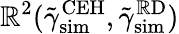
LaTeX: \mathbb{R}^{2}(\tilde{{\gamma}}_{\mathrm{{sim}}}^{\mathrm{{CEH}}},\tilde{{\gamma}}_{\mathrm{{sim}}}^{\mathrm{{\mathbb{R}D}}})